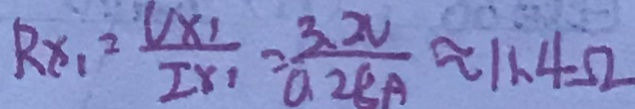
R _ { x _ { 1 } } = \frac { U _ { x _ { 1 } } } { I _ { x _ { 1 } } } = \frac { 3 . 2 V } { 0 . 2 8 A } \approx 1 1 . 4 \Omega